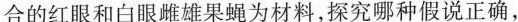
合的红眼和白眼雌雄果蝇为材料，探究哪种假说正确，